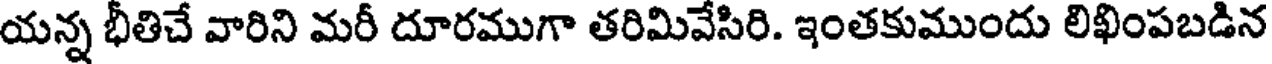
యన్న భీతిచే వారిని మరీ దూరముగా తరిమివేసిరి. ఇంతకుముందు లిఖింపబడిన